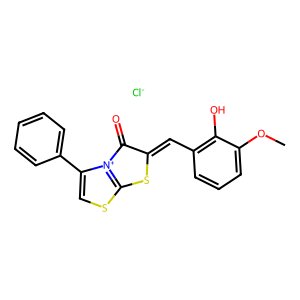
SMILES: COc1cccc(C=C2Sc3scc(-c4ccccc4)[n+]3C2=O)c1O.[Cl-]
Inhibits HIV replication: No